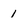
Character: 1